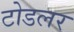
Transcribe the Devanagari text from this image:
टोडलर